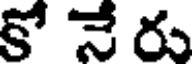
కో నే రు